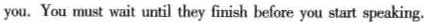
you.You must wait until they finish before you start speaking.